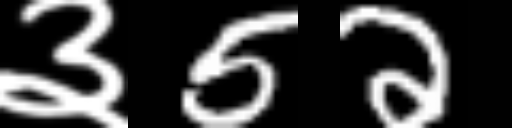
Text: ३52